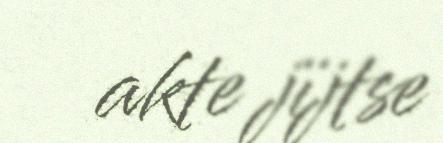
akte jïjtse